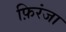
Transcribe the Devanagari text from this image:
फ़िरंजा